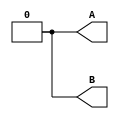
module top_module ( output reg A, output reg B );//

    // generate input patterns here
    initial begin
        A <= 1'b0;
        B <= 1'b0;
        #10;
        A <= 1'b1;
        #5;
        B <= 1'b1;
        #5;
        A <= 1'b0;
        #20;
        B <= 1'b0;
    end

endmodule